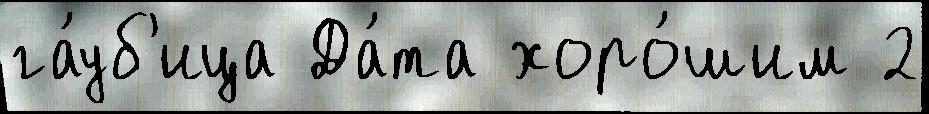
га́уб'ица Да́та хоро́шим 2